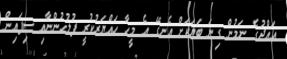
އައްދުގެ ނަމުން ގިނަ ބަޔަކަށް އެނގޭ އެ މީހާ ހައްޔަރުކުރީ ފުލުހުންނާއި ސިފައިން